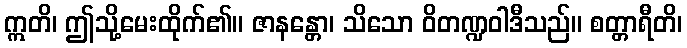
ဣတိ၊ ဤသို့မေးထိုက်၏။ ဇာနန္တော၊ သိသော ဝိတဏ္ဍဝါဒီသည်။ စတ္တာရီတိ၊